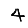
Digit: 4